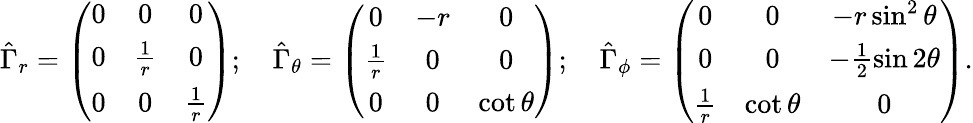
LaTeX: \hat{\Gamma}_{r}=\left(\begin{array}{ccc}{{0}}&{{0}}&{{0}}\\ {{0}}&{{\frac 1r}}&{{0}}\\ {{0}}&{{0}}&{{\frac 1r}}\end{array}\right);\quad\hat{\Gamma}_{\theta}=\left(\begin{array}{ccc}{{0}}&{{-r}}&{{0}}\\ {{\frac 1r}}&{{0}}&{{0}}\\ {{0}}&{{0}}&{{\cot\theta}}\end{array}\right);\quad\hat{\Gamma}_{\phi}=\left(\begin{array}{ccc}{{0}}&{{0}}&{{-r\sin^{2}\theta}}\\ {{0}}&{{0}}&{{-\frac 12\sin 2\theta}}\\ {{\frac 1r}}&{{\cot\theta}}&{{0}}\end{array}\right).